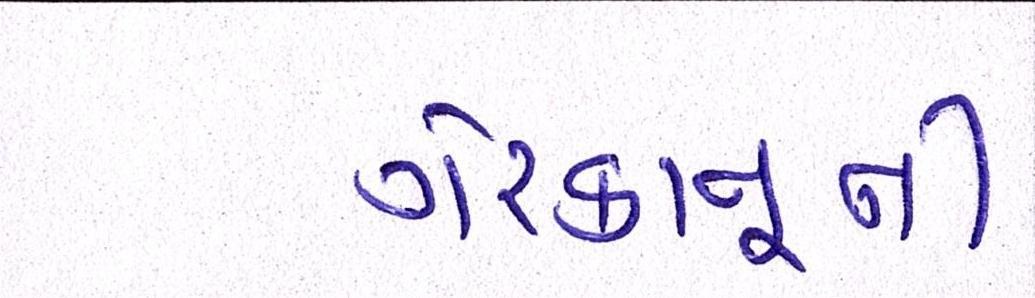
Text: ગેરકાનૂની